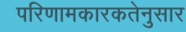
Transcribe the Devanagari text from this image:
परिणामकारकतेनुसार